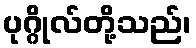
ပုဂ္ဂိုလ်တို့သည်၊